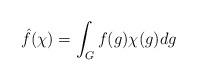
LaTeX: \begin{align*} \hat{f}(\chi) = \int_G f(g) \chi(g) dg \end{align*}